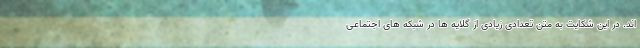
اند. در این شکایت به متن تعدادی زیادی از گلایه ها در شبکه های اجتماعی